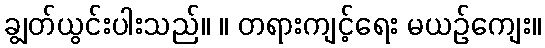
ချွတ်ယွင်းပါးသည်။ ။ တရားကျင့်ရေး မယဉ်ကျေး။